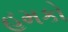
હમકો